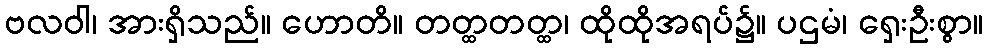
ဗလဝါ၊ အားရှိသည်။ ဟောတိ။ တတ္ထတတ္ထ၊ ထိုထိုအရပ်၌။ ပဌမံ၊ ရှေးဦးစွာ။